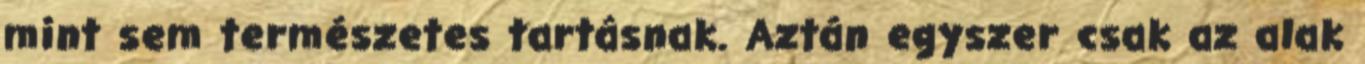
mint sem természetes tartásnak. Aztán egyszer csak az alak